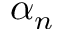
\alpha _ { n }